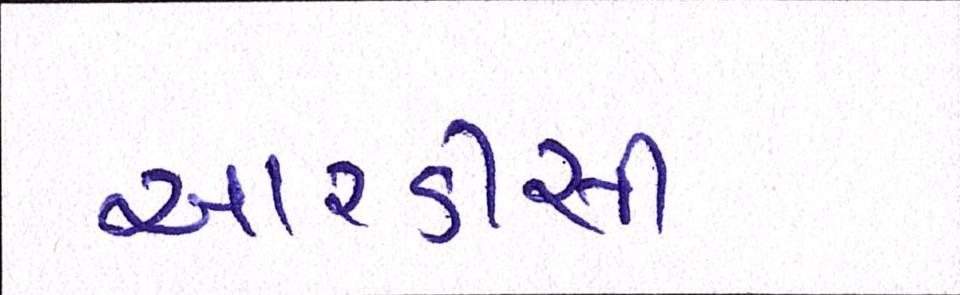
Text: આરડીસી